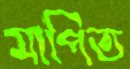
মাপিত